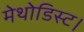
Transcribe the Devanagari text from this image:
मेथोडिस्ट।